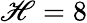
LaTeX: \mathscr{H}=8